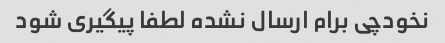
نخودچی برام ارسال نشده لطفا پیگیری شود